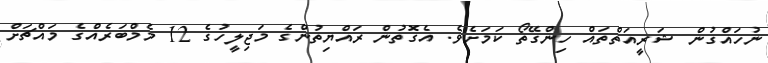
ނުހައްގުން ޝަރީއަތްތައް ހިންގޭތޯ ކަމަށެވެ. އެގޮތުން ރައްޔިތުންގެ މަޖިލީހުގެ 12 މެމްބަރެއްގެ މައްޗަށް